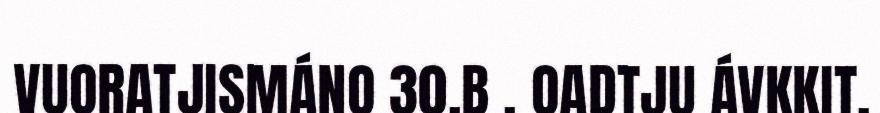
VUORATJISMÁNO 30.B . OADTJU ÁVKKIT.